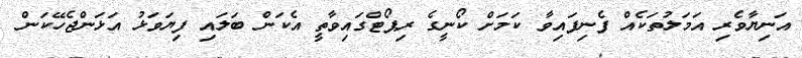
އަނިޔާވެރި އަމަލުތަކެއް ފެނިފައިވާ ކަމަށް ކޯނީގެ ރިޕޯޓްގައިވާތީ އެކަން ބަލައި ފިޔަވަޅު އަޅަންޖެހޭކަން